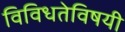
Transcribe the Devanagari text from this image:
विविधतेविषयी